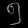
Digit: ၅